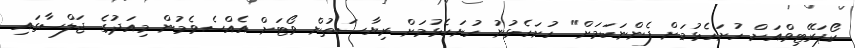
ކޯޕަރޭޓިވްއަށް ހުށަހެޅުމަށް ފެންނަކަމަށް" ހުށަހެޅުނު ހުށަހެޅުމަށް ރިޔާސަތުން ވޯޓަށް އެއްސެވެމުން މިއަދުގެ ޖަލްސާގައި